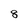
Character: 8